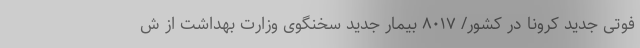
فوتی جدید کرونا در کشور/ ۸۰۱۷ بیمار جدید سخنگوی وزارت بهداشت از ش